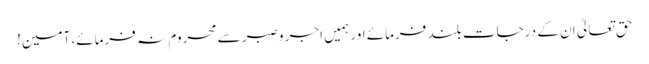
حق تعالیٰ ان کے درجات بلند فرمائے اور ہمیں اجر وصبر سے محروم نہ فرمائے، آمین!